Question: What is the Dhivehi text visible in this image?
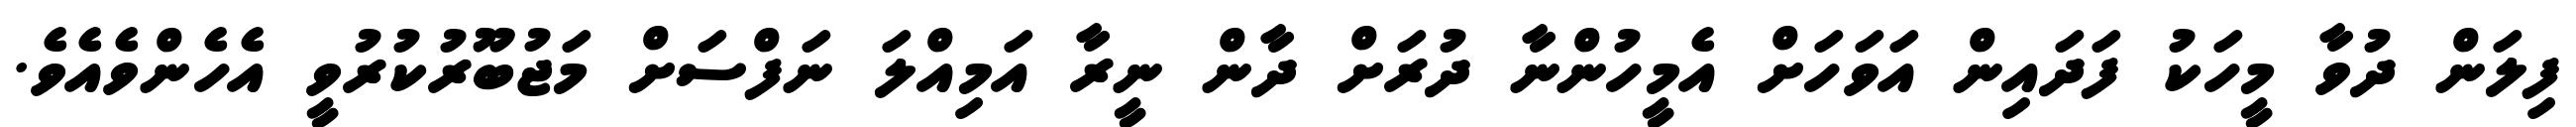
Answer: ފިލަން ދުވާ މީހަކު ފަދައިން އަވަހަށް އެމީހުންނާ ދުރަށް ދާން ނީރާ އަމިއްލަ ނަފްސަށް މަޖުބޫރުކުރުވީ އެހެންވެއެވެ.